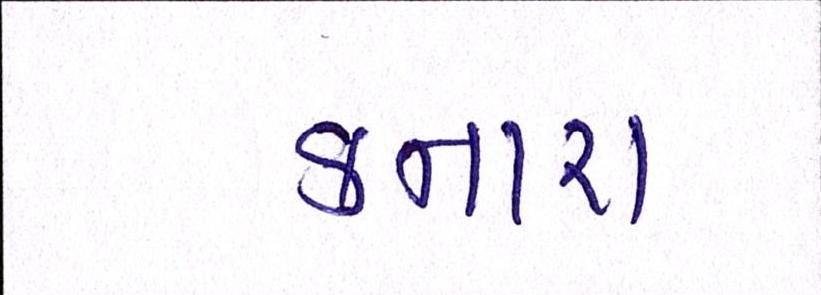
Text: કનારા